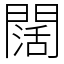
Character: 闊